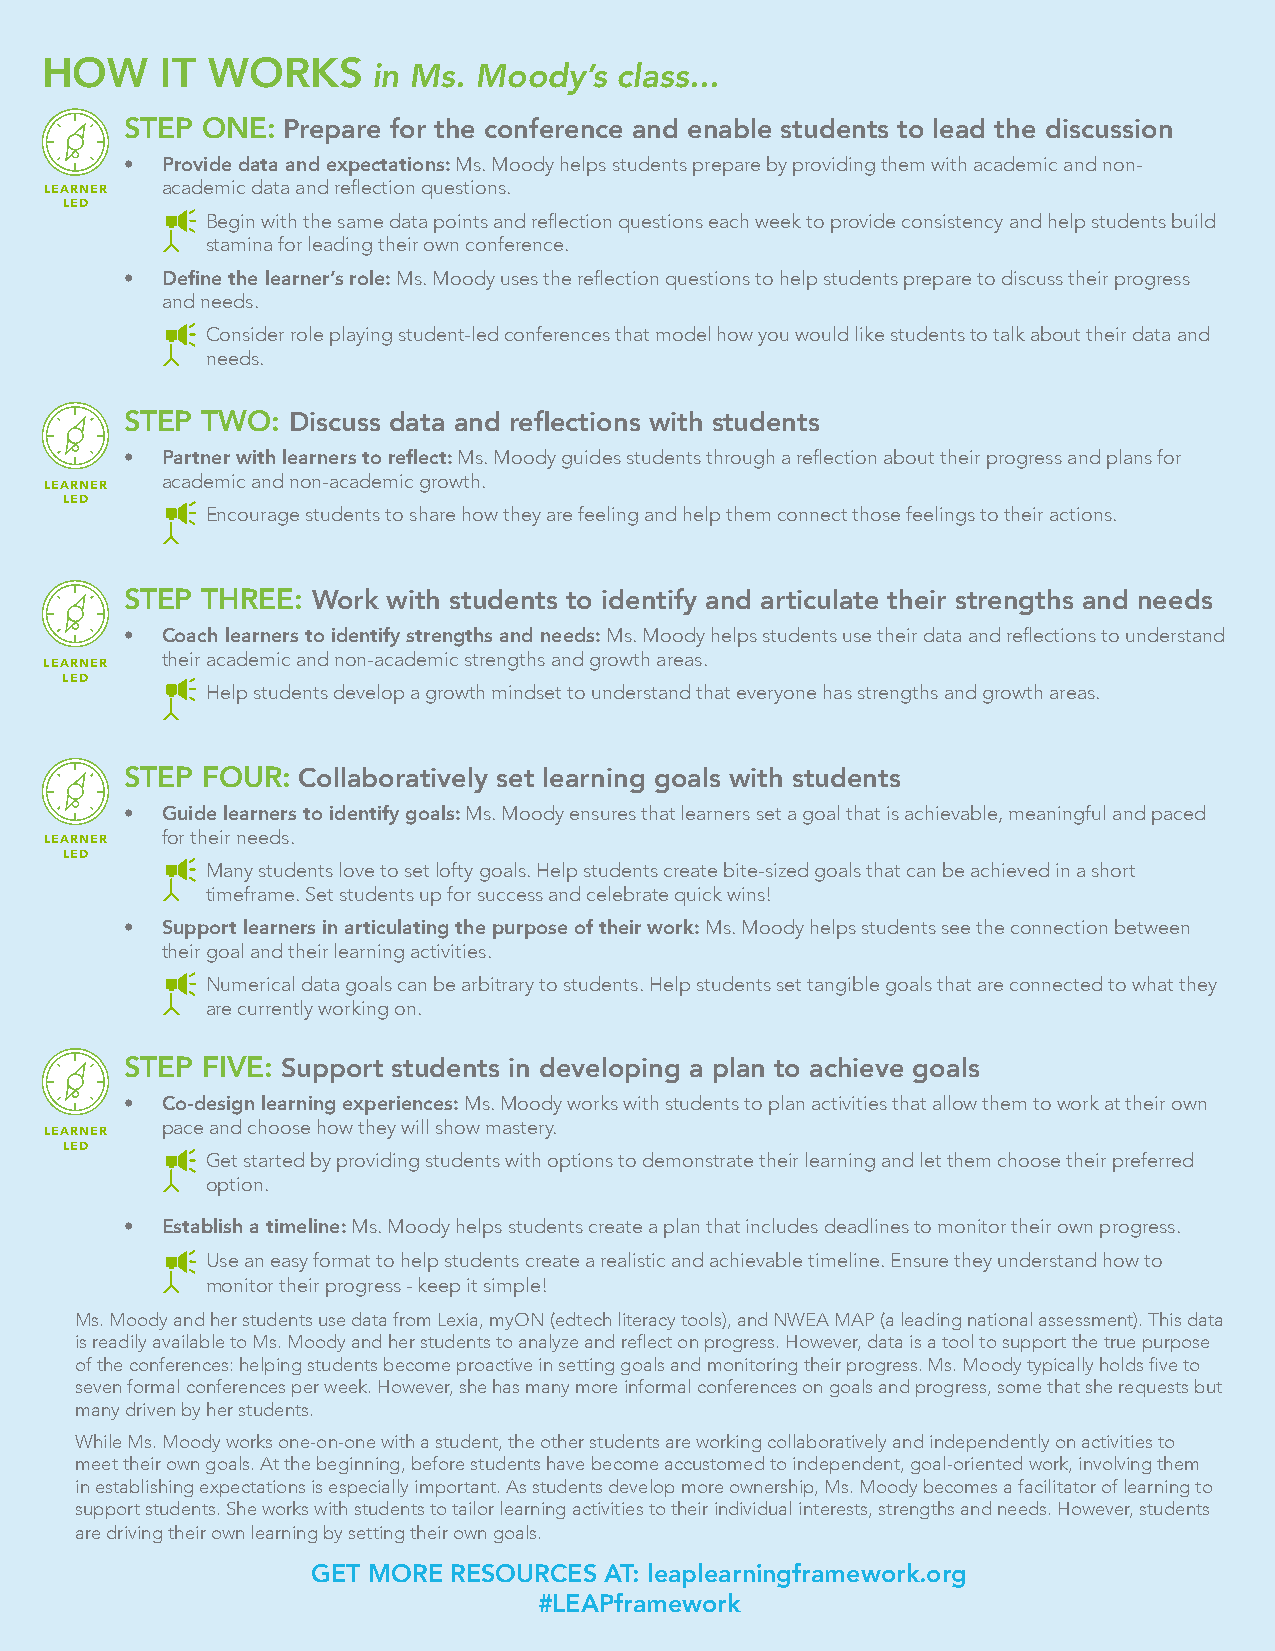
HOW     IT WORKS      in Ms. Moody’s  class...
 STEP ONE:  Prepare for the conference and enable students to lead the discussion
 •  Provide data and expectations: Ms. Moody helps students prepare by providing them with academic and non-
 academic data and reflection questions.
 LEARNER
 LED
 Begin with the same data points and reflection questions each week to provide consistency and help students build
 stamina for leading their own conference.
 •  Define the learner’s role: Ms. Moody uses the reflection questions to help students prepare to discuss their progress
 and needs.
 Consider role playing student-led conferences that model how you would like students to talk about their data and
 needs.
 STEP TWO:  Discuss data and reflections with students
 •  Partner with learners to reflect: Ms. Moody guides students through a reflection about their progress and plans for
 academic and non-academic growth.
 LEARNER
 LED
 Encourage students to share how they are feeling and help them connect those feelings to their actions.
 STEP THREE:  Work with students to identify and articulate their strengths and needs
 •  Coach learners to identify strengths and needs: Ms. Moody helps students use their data and reflections to understand
 their academic and non-academic strengths and growth areas.
 LEARNER
 LED
 Help students develop a growth mindset to understand that everyone has strengths and growth areas.
 STEP FOUR:  Collaboratively set learning goals with students
 •  Guide learners to identify goals: Ms. Moody ensures that learners set a goal that is achievable, meaningful and paced
 for their needs.
 LEARNER
 LED
 Many students love to set lofty goals. Help students create bite-sized goals that can be achieved in a short
 timeframe. Set students up for success and celebrate quick wins!
 •  Support learners in articulating the purpose of their work: Ms. Moody helps students see the connection between
 their goal and their learning activities.
 Numerical data goals can be arbitrary to students. Help students set tangible goals that are connected to what they
 are currently working on.
 STEP FIVE: Support students in developing a plan to achieve goals
 •  Co-design learning experiences: Ms. Moody works with students to plan activities that allow them to work at their own
 pace and choose how they will show mastery.
 LEARNER
 LED
 Get started by providing students with options to demonstrate their learning and let them choose their preferred
 option.
 •  Establish a timeline: Ms. Moody helps students create a plan that includes deadlines to monitor their own progress.
 Use an easy format to help students create a realistic and achievable timeline. Ensure they understand how to
 monitor their progress - keep it simple!
 Ms. Moody and her students use data from Lexia, myON (edtech literacy tools), and NWEA MAP (a leading national assessment). This data
 is readily available to Ms. Moody and her students to analyze and reflect on progress. However, data is a tool to support the true purpose
 of the conferences: helping students become proactive in setting goals and monitoring their progress. Ms. Moody typically holds five to
 seven formal conferences per week. However, she has many more informal conferences on goals and progress, some that she requests but
 many driven by her students.
 While Ms. Moody works one-on-one with a student, the other students are working collaboratively and independently on activities to
 meet their own goals. At the beginning, before students have become accustomed to independent, goal-oriented work, involving them
 in establishing expectations is especially important. As students develop more ownership, Ms. Moody becomes a facilitator of learning to
 support students. She works with students to tailor learning activities to their individual interests, strengths and needs. However, students
 are driving their own learning by setting their own goals.
 GET MORE RESOURCES AT: leaplearningframework.org
 #LEAPframework